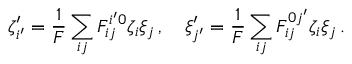
\zeta _ { i ^ { \prime } } ^ { \prime } = \frac { 1 } { F } \sum _ { i j } F _ { i j } ^ { i ^ { \prime } 0 } \zeta _ { i } \xi _ { j } \, , \quad \xi _ { j ^ { \prime } } ^ { \prime } = \frac { 1 } { F } \sum _ { i j } F _ { i j } ^ { 0 j ^ { \prime } } \zeta _ { i } \xi _ { j } \, .